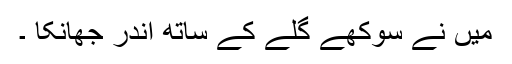
میں نے سوکھے گلے کے ساتھ اندر جھانکا ۔